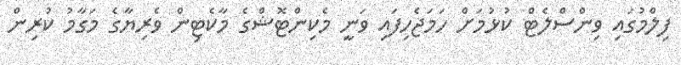
ފިލްމުގައި ވިންސްލެޓް ކުޅުމަށް ހަމަޖެހިފައި ވަނީ މެކިންޓޮޝްގެ މާކެޓިން ވެރިޔާގެ މަގާމު ކުރިން